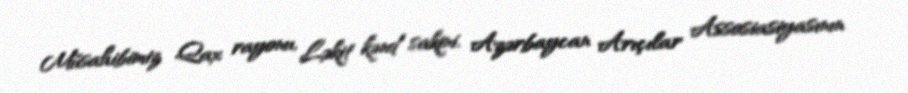
Müsahibimiz Qax rayonu, Ləkit kənd sakini, Azərbaycan Arıçılar Assosiasiyasının